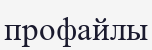
профайлы